Indian journal of veterinary science and animal husbandry - Volumes 28-29, 1958-1959
Year: 1958
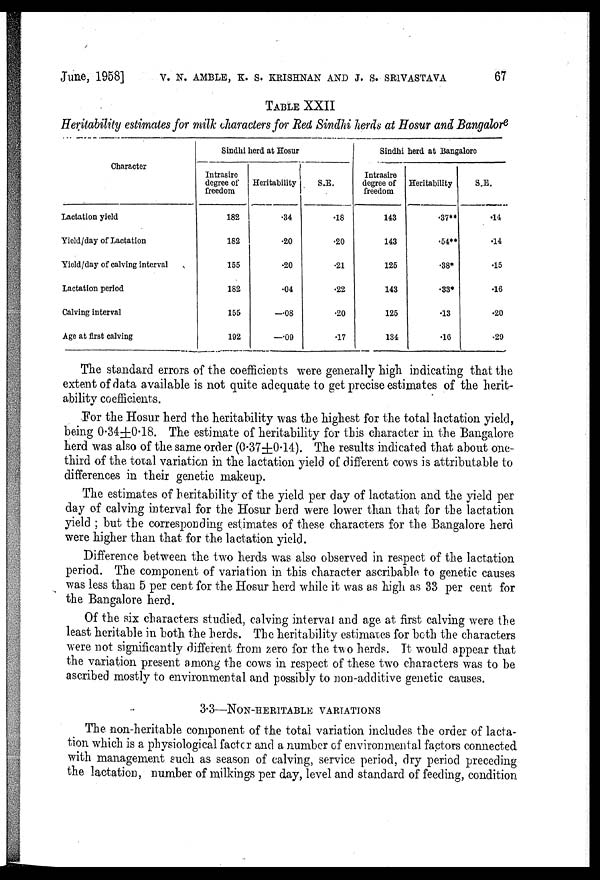
June, 1958] V. N. AMBLE, K. S. KRISHNAN AND J. S. SRIVASTAVA 67
TABLE XXII
Heritability estimates for milk characters for Red Sindhi herds at Hosur and Bangalore
Character
Lactation yield
Yield/day of Lactation
Yield/day of calving interval
Lactation period
Calving interval
Age at first calving
Sindhi herd at Hosur
Intrasire
degree of
freedom
182
182
155
182
155
192
Heritability
.34
.20
.20
.04
—.08
—.09
S.E.
.18
.20
.21
.22
.20
.17
Sindhi herd at Bangalore
Intrasire
degree of
freedom
143
143
125
143
125
134
Heritability
.37**
.54**
.38*
.33*
.13
.16
S.E.
.14
.14
.15
.16
.20
.29
The standard errors of the coefficients were generally high indicating that the
extent of data available is not quite adequate to get precise estimates of the herit-
ability coefficients.
For the Hosur herd the heritability was the highest for the total lactation yield,
being 0.34±0.18. The estimate of heritability for this character in the Bangalore
herd was also of the same order (0.37±0.14). The results indicated that about one-
third of the total variation in the lactation yield of different cows is attributable to
differences in their genetic makeup.
The estimates of heritability of the yield per day of lactation and the yield per
day of calving interval for the Hosur herd were lower than that for the lactation
yield ; but the corresponding estimates of these characters for the Bangalore herd
were higher than that for the lactation yield.
Difference between the two herds was also observed in respect of the lactation
period. The component of variation in this character ascribable to genetic causes
was less than 5 per cent for the Hosur herd while it was as high as 33 per cent for
the Bangalore herd.
Of the six characters studied, calving interval and age at first calving were the
least heritable in both the herds. The heritability estimates for both the characters
were not significantly different from zero for the two herds. It would appear that
the variation present among the cows in respect of these two characters was to be
ascribed mostly to environmental and possibly to non-additive genetic causes.
3.3—NON-HERITABLE VARIATIONS
The non-heritable component of the total variation includes the order of lacta-
tion which is a physiological factor and a number of environmental factors connected
with management such as season of calving, service period, dry period preceding
the lactation, number of milkings per day, level and standard of feeding, condition